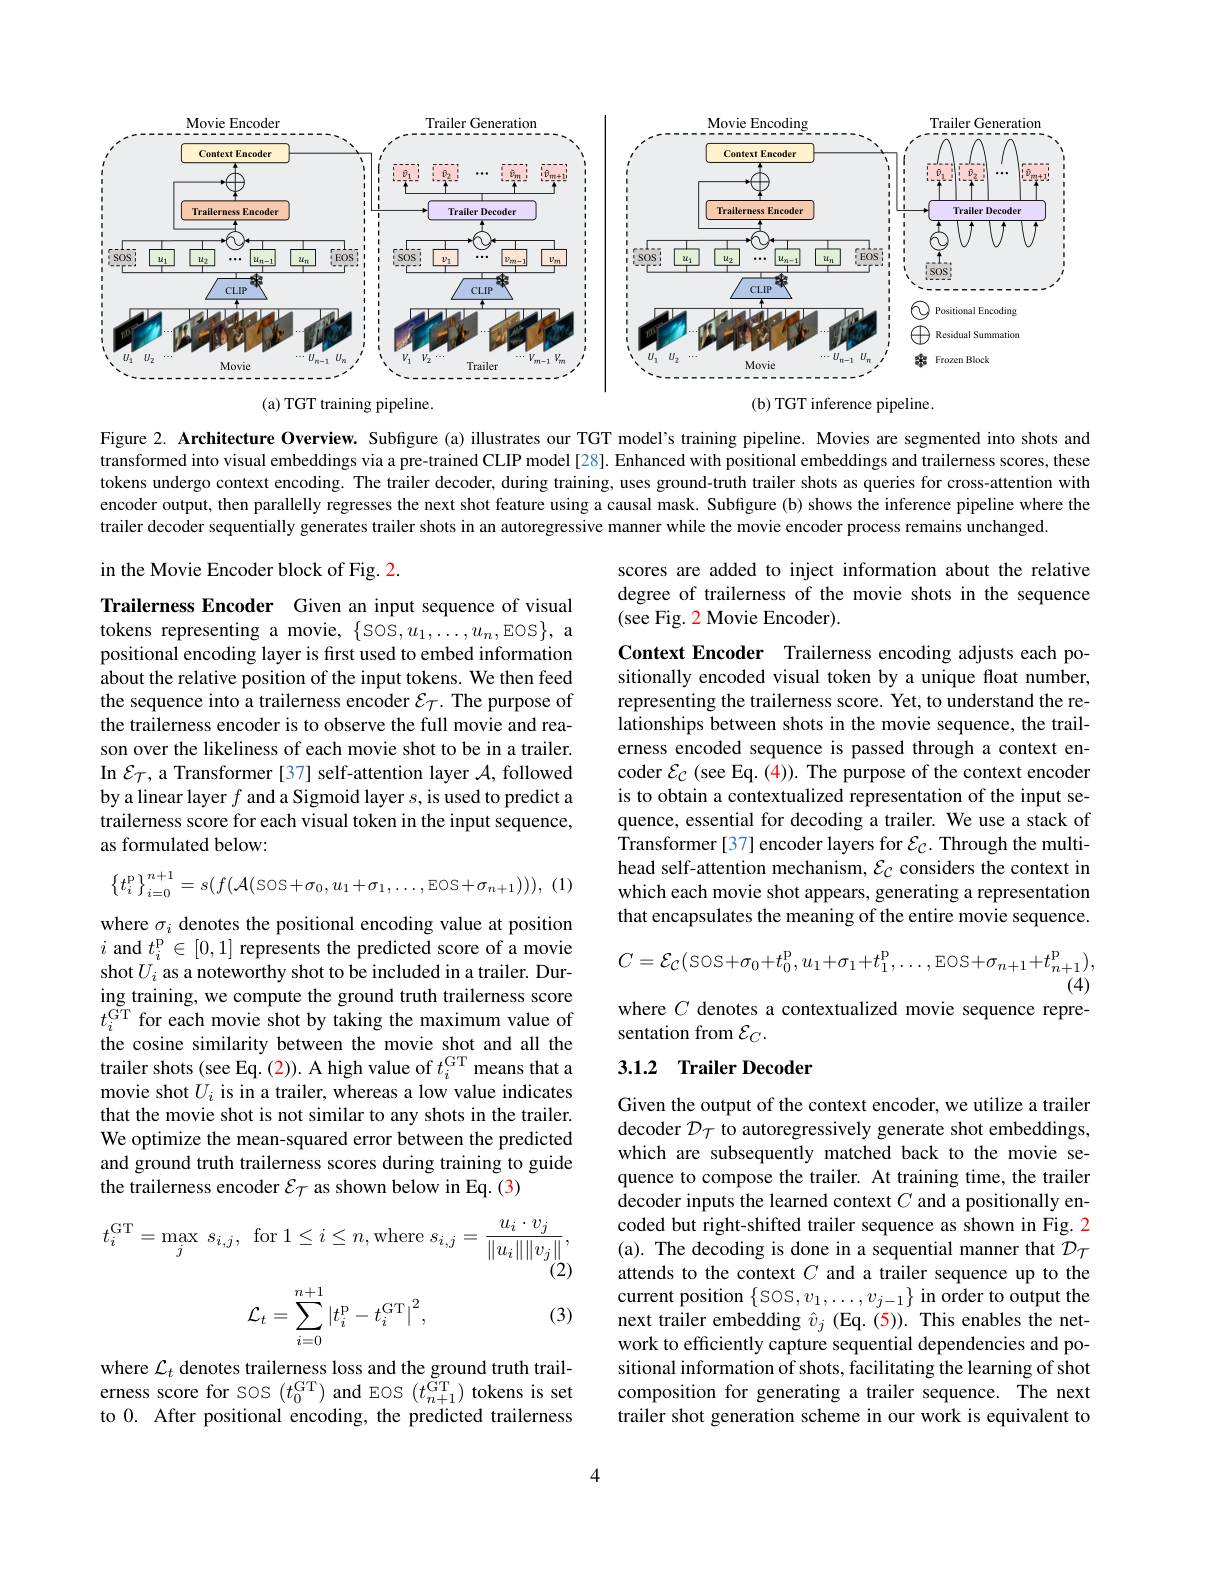
<FigureHere>

Figure 2. Architecture Overview. Subfigure (a) illustrates our TGT model's training pipeline. Movies are segmented into shots and transformed into visual embeddings via a pre-trained CLIP model [28]. Enhanced with positional embeddings and trailerness scores, these tokens undergo context encoding. The trailer decoder, during training, uses ground-truth trailer shots as queries for cross-attention with encoder output, then parallelly regresses the next shot feature using a causal mask. Subfigure (b) shows the inference pipeline where the trailer decoder sequentially generates trailer shots in an autoregressive manner while the movie encoder process remains unchanged.

in the Movie Encoder block of Fig. 2.

scores are added to inject information about the relative degree of trailerness of the movie shots in the sequence (see Fig. 2 Movie Encoder).

Trailerness Encoder Given an input sequence of visual tokens representing a movie, \{SOS,u_1,\ldots,u_n,EOS\}, a positional encoding layer is first used to embed information about the relative position of the input tokens. We then feed the sequence into a trailerness encoder $\mathcal{E}_\mathcal{T}.$ The purpose of the trailerness encoder is to observe the full movie and reason over the likeliness of each movie shot to be in a trailer. In $\mathcal{E}_{\mathcal{T}}$, a Transformer [37] self-attention layer $\mathcal{A}$, followed by a linear layer $f$ and a Sigmoid layer $s$, is used to predict a trailerness score for each visual token in the input sequence, as formulated below:

Context Encoder Trailerness encoding adjusts each positionally encoded visual token by a unique float number, representing the trailerness score. Yet, to understand the relationships between shots in the movie sequence, the trailerness encoded sequence is passed through a context encoder $\mathcal{E}_{\mathcal{C}}$ (see Eq. (4)). The purpose of the context encoder is to obtain a contextualized representation of the input sequence, essential for decoding a trailer. We use a stack of Transformer [37] encoder layers for $\mathcal{E}_C.$ Through the multihead self-attention mechanism, $\mathcal{E}_{\mathcal{C}}$ considers the context in which each movie shot appears, generating a representation that encapsulates the meaning of the entire movie sequence.

(1)
$$\left\{t_i^{\text{p}}\right\}_{i=0}^{n+1}=s(f(\mathcal{A}(\text{sos}+\sigma_0,u_1+\sigma_1,\ldots,\text{Eos}+\sigma_{n+1}))),$$
$$C=\mathcal{E}_{\mathcal{C}}(\mathrm{SOS}+\sigma_{0}+t_{0}^{\mathrm{p}},u_{1}+\sigma_{1}+t_{1}^{\mathrm{p}},\ldots,\mathrm{EOS}+\sigma_{n+1}+t_{n+1}^{\mathrm{p}}),\\(4)$$
where $C$ denotes a contextualized movie sequence repre-
sentation from $\mathcal{E}_C.$

where $\sigma_i$ denotes the positional encoding value at position $i$ and $t_i^\mathrm{p}\in[0,1]$ represents the predicted score of a movie shot $U_i$ as a noteworthy shot to be included in a trailer. During training, we compute the ground truth trailerness score $t_{i}^{\mathrm{GT}}$ for each movie shot by taking the maximum value of the cosine similarity between the movie shot and all trailer shots (see Eq. (2)). A high value of $t_i^\mathrm{GT}$ means that a movie shot $U_i$ is in a trailer, whereas a low value indicates that the movie shot is not similar to any shots in the trailer. We optimize the mean-squared error between the predicted and ground truth trailerness scores during training to guide the trailerness encoder $\mathcal{E}_{\mathcal{T}}$ as shown below in Eq. (3)

## 3.1.2 Trailer Decoder
$$t_{i}^{\mathrm{GT}}=\max_{j}\:s_{i,j},\:\mathrm{for}\:1\leq i\leq n,\mathrm{where}\:s_{i,j}=\frac{u_{i}\cdot v_{j}}{\|u_{i}\|\|v_{j}\|},\\\text{(2)}\\\mathcal{L}_{t}=\sum_{i=0}^{n+1}\left|t_{i}^{\mathrm{p}}-t_{i}^{\mathrm{GT}}\right|^{2},\text{(3)}$$
Given the output of the context encoder, we utilize a trailer decoder $\mathcal{D}_\mathcal{T}$ to autoregressively generate shot embeddings, which are subsequently matched back to the movie sequence to compose the trailer. At training time, the trailer decoder inputs the learned context $C$ and a positionally encoded but right-shifted trailer sequence as shown in Fig. 2 (a). The decoding is done in a sequential manner that $\mathcal{D}_\mathcal{T}$ attends to the context $C$ and a trailer sequence up to the current position $\{$SOS$,v_1,\ldots,v_{j-1}\}$ in order to output the next trailer embedding $\hat{v}_j$ (Eq. (5)). This enables the network to efficiently capture sequential dependencies and positional information of shots, facilitating the learning of shot composition for generating a trailer sequence. The next trailer shot generation scheme in our work is equivalent to

where $\mathcal{L}_t$ denotes trailerness loss and the ground truth trailerness score for SOS $(t_0^\mathrm{GT})$ and EOS $(t_n+1^\mathrm{\tilde{G}T})$ tokens is set to 0. After positional encoding, the predicted trailerness

4